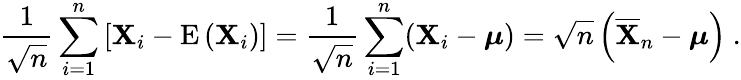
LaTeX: {\frac{1}{\sqrt{n}}}\sum_{i=1}^{n}\left[\mathbf{X}_{i}-\operatorname{E}\left(\mathbf{X}_{i}\right)\right]={\frac{1}{\sqrt{n}}}\sum_{i=1}^{n}(\mathbf{X}_{i}-{\boldsymbol{\mu}})={\sqrt{n}}\left({\overline{{\mathbf{X}}}}_{n}-{\boldsymbol{\mu}}\right)~.